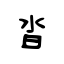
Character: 沓